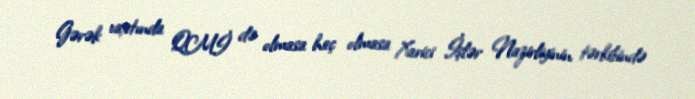
Gərək vaxtında QMİ də olmasa heç olmasa Xarici İşlər Nazirliyinin tərkibində